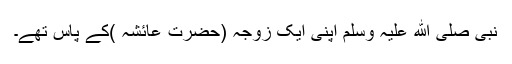
نبی صلی ﷲ علیہ وسلم اپنی ایک زوجہ (حضرت عائشہ )کے پاس تھے۔